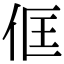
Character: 㑌